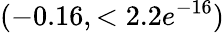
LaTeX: (-0.16,<2.2e^{-16})